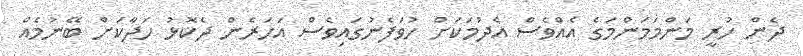
ދެން ހުރީ މަންމަމަންމަގެ އެއްވެސް އެދުމަކަށް ހުވަފެނުގައިވެސް އަހަރެން ދެކޮޅު ހަދާކަށް ބޭނުމެެއް